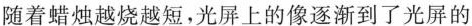
随着蜡烛越烧越短，光屏上的像逐渐到了光屏的